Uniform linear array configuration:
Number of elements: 48
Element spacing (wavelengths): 0.5
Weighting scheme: blackman
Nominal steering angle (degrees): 0
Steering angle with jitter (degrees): -0.07275
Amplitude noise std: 0.05
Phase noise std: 0.05

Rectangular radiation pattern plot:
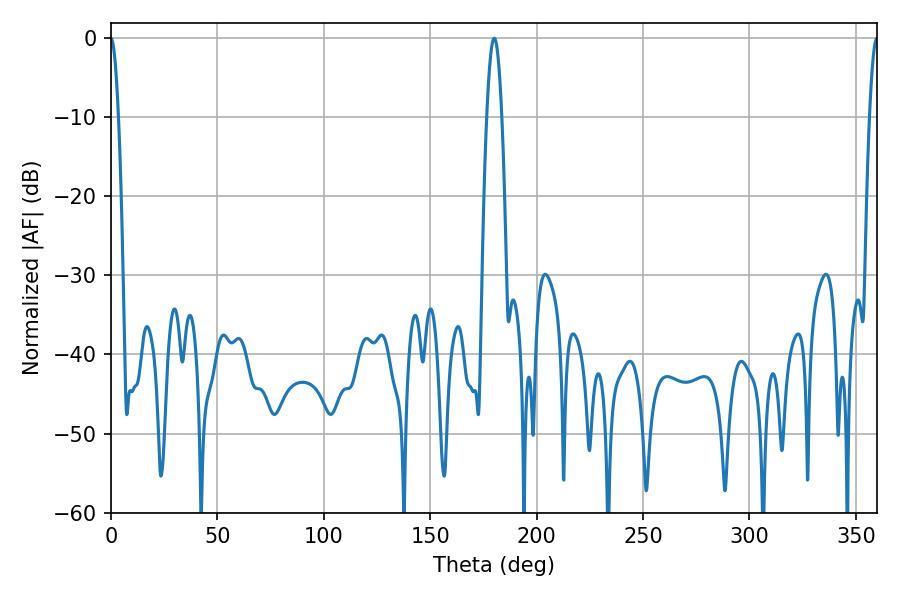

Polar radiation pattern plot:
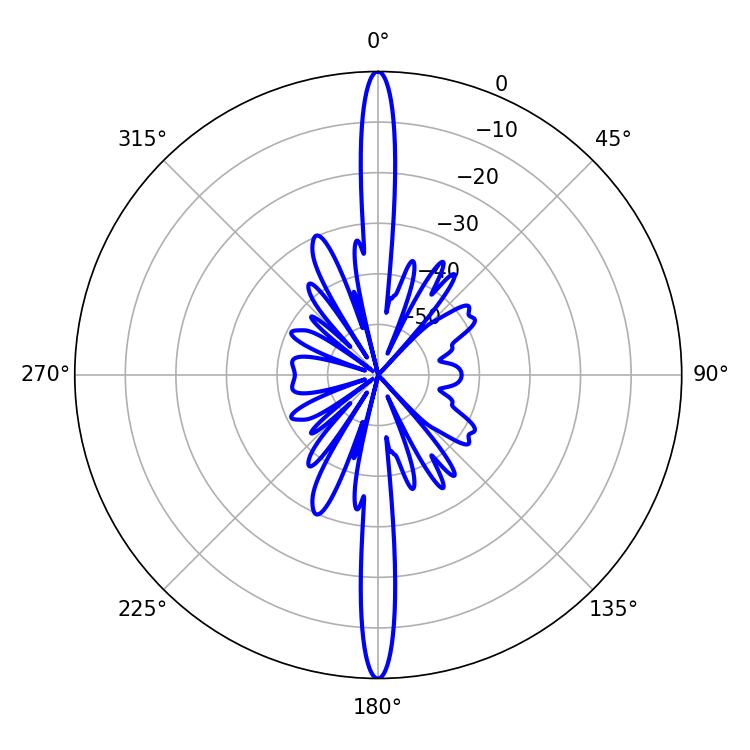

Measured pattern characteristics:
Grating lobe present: FALSE
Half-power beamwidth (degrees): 1.98
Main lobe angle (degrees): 360